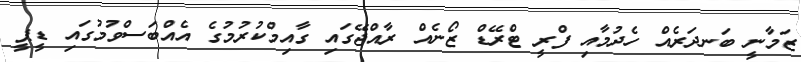
ޒަމާނީ ބަނދަރެއް ހެދުމާއި ފްރީ ޓްރޭޑް ޒޯނެއް ރާއްޖޭގައި ގާއިމްކުރުމުގެ އެއްބަސްވުމުގައި ޑީޕީ